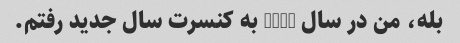
بله، من در سال 2010 به کنسرت سال جدید رفتم.